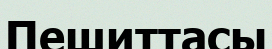
Пешиттасы